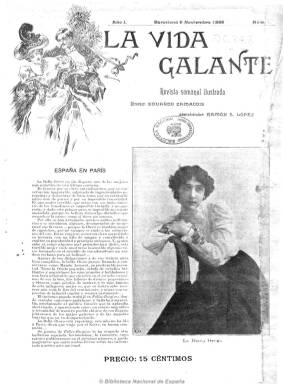
Título: Vida galante
Colección: Revistas licenciosas
Ámbito geográfico: Barcelona
Lugar de publicación: Barcelona
Fechas: 06/11/1898-29/12/1905

El periodista y escritor Eduardo Zamacois (1873-1971) y el editor catalán Ramón Sopena se asociaron para la publicación de esta “revista semanal ilustrada”, que empezó a aparecer en Barcelona todos los domingos a partir del seis de noviembre de 1898. Como primer director, Zamacois quiso diferenciarla de las revistas que triunfaban en ese momento de renovación de la prensa española, por lo que se no sería como Nuevo mundo (1894-1933), por sus menores contenidos de actualidad informativa, y le daría el tono picante del que carecía la “rosa” Blanco y negro (1891-2000), dándole un tono marcadamente festivo, humorístico, frívolo, atrevido y, en suma, erótico, tal como señala Cecilio Alonso, y con la que pretendía burlarse de los valores tradicionales de la sociedad, en palabras de María Pilar Celma.

Impresa con papel de calidad, pequeño formato, encuadernable, y doce páginas por número, que después fue ampliando hasta alcanzar las 24, su portada casi siempre sería ocupada por una fotografía de una actriz o una “modelo”, dejando para su interior el resto de fotograbados y dibujos de mujeres más ligeras de ropa o desnudas, así como caricaturas, chistes y tiras cómicas subidas de tono pero alejadas de lo obsceno (aunque llegará a ser perseguida, acusada de pornográfica), obra de dibujantes como Modesto Méndez Álvarez (1885-1940), el turolense Teodoro Gascón Baquero, Francisco Navarrete, que llevará la dirección artística de la revista, el sevillano Pedro de Rojas, haciendo este incursiones en el humor político, o Gil Baer. Con sus secuencias fotográficas, escenificadas por actores, la revista inicia también lo que más tarde se ha conocido como fotonovela. Sus ilustraciones, que fueron variadas, incluyen también reproducciones de obras pictóricas así como un buen número de fotografías de actualidad.

Al protagonismo iconográfico de la revista, se sumó su carácter marcadamente literario, por el que se ha querido vincularla al grupo Germinal (1897-1899) y demás revistas en torno a la generación del 98, al que perteneció el propio Zamacois y muchos de los colaboradores de Vida galante, como Joaquín Dicenta, Antonio Palomero, Jacinto Octavio Picón o Tomás Orts Ramos, aunque este último sólo publicara un relato. Una larga nómina de escritores y periodistas avezados participaron en su redacción, como Sinesio Delgado, Alejandro Larruniera, Juan Pérez Zúñiga o Mariano Vallejo; también jóvenes entonces en ascenso, como Jacinto Benavente, Gregorio Martínez Sierra, Arturo Reyes, Manuel Bueno, Ricardo J. Catarineu, Francisco Villaespesa y Alfredo E. Carrasco, autor este de prosas narrativas, memoriales y algunas crónicas; y aficionados a la literatura, como José Brissa y E. Alberto Carrasco, llegando a publicar este hasta 24 composiciones poéticas, o Francisco de la Escalera, autor de unos sesenta cuentos. Pero también se dieron cita en sus páginas literatos de la emigración parisina, como Alejandro Sawa, Enrique Gómez Carrillo o Luis Bonafoux. Así como Salvador González Anaya, Luis Araquistáin, José de Cullar, Manuel Soriano, Antonio Galiardo o Juan Oliva Bridgman.

En el plano de la creación literaria, junto al cuento alegre y de enredo amoroso con calidad literaria y el poema festivo alejado de lo chabacano, en sus páginas se publican novelas seriadas de autores españoles y europeos y son traducidas obras de Balzac, Mendès, Baudelaire, Daute y Gautier, entre otros. Sin embargo, excepto la teatral, la crítica literaria es escasa en sus páginas. La crónica de la semana la firmará Juan de Mañara y, desde el número 13, Luis de Montemar, probablemente seudónimos de Zamacois, que utiliza también los de El Seductor y Tik-Nay. Contó también con otra crónica semanal desde París, firmada con el seudónimo Un Boulevardier. También publicó semblanzas biográficas de escritores consagrados y de la joven generación (acompañados de fotograbados de sus retratos), e hizo algunas incursiones en los asuntos sociales y políticos, así como en deportes y modas, además de otros pasatiempos. En palabras de Celma, la revista representó un “buen muestrario de los intereses generales y de los gustos de fin de siglo”.

A partir de su número 55, correspondiente al  19 de noviembre de 1899, introducirá el color en su portada y contraportada, que irá utilizándolo posteriormente en sus tiras cómicas y en otras fotografías a toda página en su interior. Desde el número 91, correspondiente al 29 de julio de 1900, eliminará el artículo “La” que venía antecediendo a su título, y a partir de su número 100, correspondiente al 30 de septiembre del mismo año, su redacción se traslada a Madrid. A partir de 1902 asumirá la dirección de la revista Félix Limendoux, y con el número 373, de 29 de diciembre de 1905, se despedirá de sus lectores una publicación que, según el propio Zamacois, le servirá de inspiración para la edición de El cuento semanal (1907-1911)